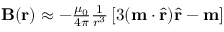
\begin{array} { r } { \mathbf { B } ( \mathbf { r } ) \approx - \frac { \mu _ { 0 } } { 4 \pi } \frac { 1 } { r ^ { 3 } } \left[ 3 ( \mathbf { m } \cdot \hat { \mathbf { r } } ) \hat { \mathbf { r } } - \mathbf { m } \right] } \end{array}